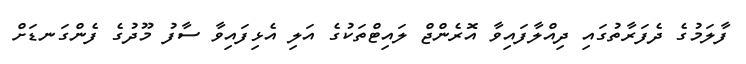
ފާލަމުގެ ދެފަރާތުގައި ދިއްލާފައިވާ އޮރެންޖް ލައިޓްތަކުގެ އަލި އެޅިފައިވާ ސާފު މޫދުގެ ފެންގަނޑަށް